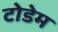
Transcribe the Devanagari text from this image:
टोडेम